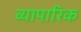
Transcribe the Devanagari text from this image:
व्‍यापारिक